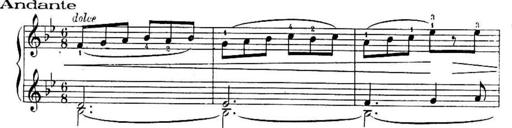
Title: Sonatines
Composer: Hedwige ChrÃ©tien